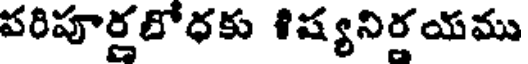
పరిపూర్రబోధకు శిష్యనిరయము